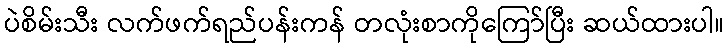
ပဲစိမ်းသီး လက်ဖက်ရည်ပန်းကန် တလုံးစာကိုကြော်ပြီး ဆယ်ထားပါ။